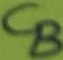
Text: CB